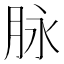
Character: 脉